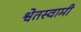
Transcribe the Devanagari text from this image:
श्वेतस्वामी